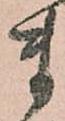
ま